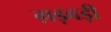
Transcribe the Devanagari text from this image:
ग़ड़बड़ी